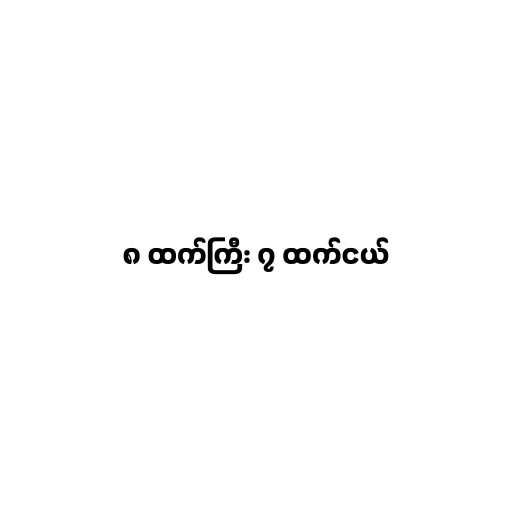
၈ ထက်ကြီး ၇ ထက်ငယ်